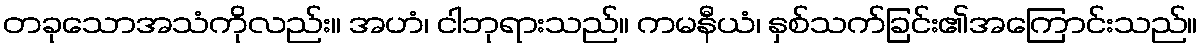
တခုသောအသံကိုလည်း။ အဟံ၊ ငါဘုရားသည်။ ကမနီယံ၊ နှစ်သက်ခြင်း၏အကြောင်းသည်။